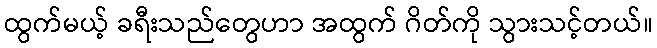
ထွက်မယ့် ခရီးသည်တွေဟာ အထွက် ဂိတ်ကို သွားသင့်တယ်။